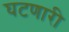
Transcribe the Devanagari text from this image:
घटणारी